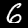
Digit: 6